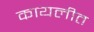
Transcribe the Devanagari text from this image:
कायलीत